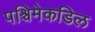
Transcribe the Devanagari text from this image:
पश्चिमेकडिल